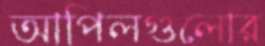
আপিলগুলোর